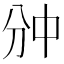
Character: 𫡇